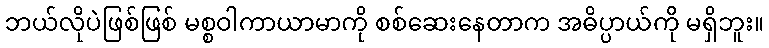
ဘယ်လိုပဲဖြစ်ဖြစ် မစ္စဝါကာယာမာကို စစ်ဆေးနေတာက အဓိပ္ပာယ်ကို မရှိဘူး။